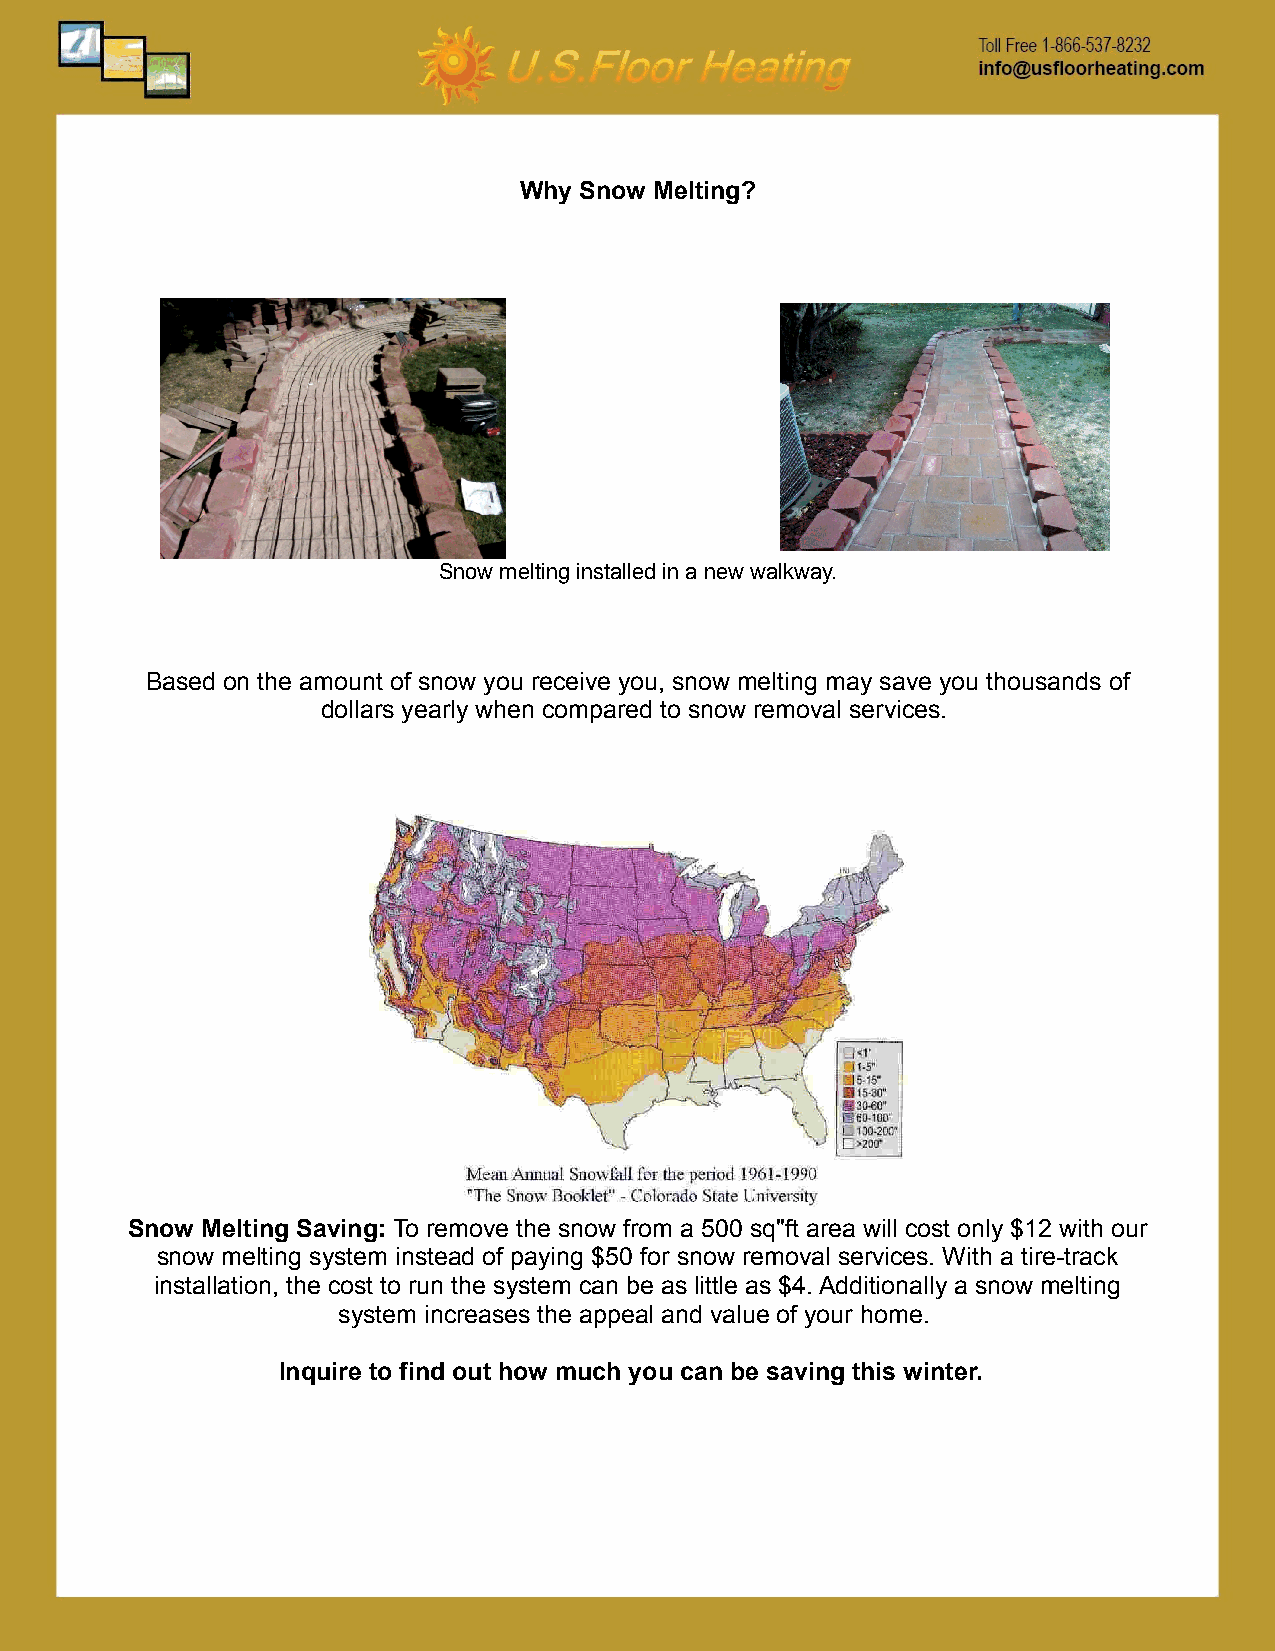
Why Snow Melting?
 Snow melting installed in a new walkway.
 Based on the amount of snow you receive you, snow melting may save you thousands of
 dollars yearly when compared to snow removal services.
 Snow Melting Saving: To remove the snow from a 500 sq''ft area will cost only $12 with our
 snow melting system instead of paying $50 for snow removal services. With a tire-track
 installation, the cost to run the system can be as little as $4. Additionally a snow melting
 system increases the appeal and value of your home.
 Inquire to find out how much you can be saving this winter.